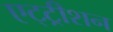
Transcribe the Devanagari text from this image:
एट्ट्रीशन